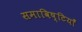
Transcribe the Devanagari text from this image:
समाविष्टियाँ